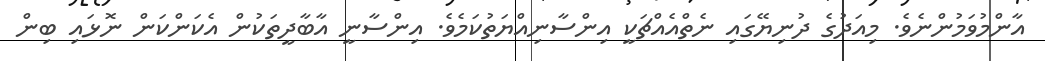
އާންމުވަމުންނެވެ. މިއަދުގެ ދުނިޔޭގައި ނެތްއެއްޗަކީ އިންސާނިއްޔަތުކަމެވެ. އިންސާނީ އާބާދީތަކުން އެކަންކަން ނޮޅައި ބިން